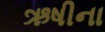
ઋષીના